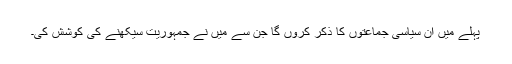
پہلے میں ان سیاسی جماعتوں کا ذکر کروں گا جن سے میں نے جمہوریت سیکھنے کی کوشش کی۔